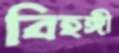
বিহঙ্গী